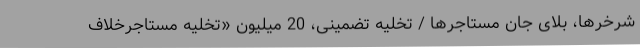
شرخرها، بلای جان مستاجرها / تخلیه تضمینی، 20 میلیون «تخلیه مستاجرخلاف